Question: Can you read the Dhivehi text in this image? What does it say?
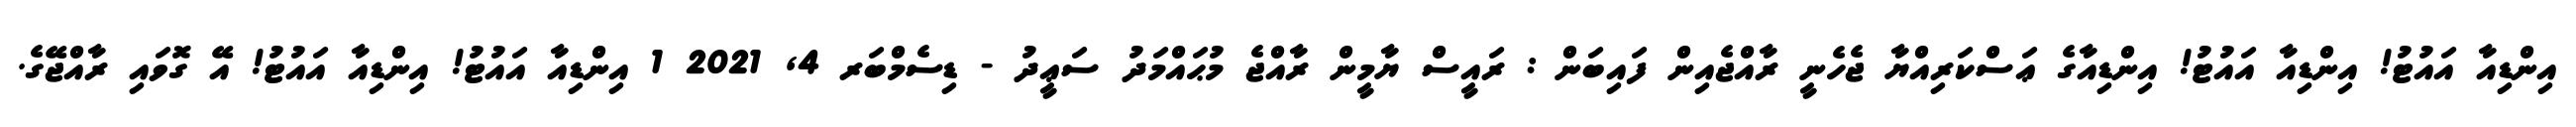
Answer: އިންޑިއާ އައުޓު! އިންޑިއާ އައުޓު! އިންޑިއާގެ ޢަސްކަރިއްޔާ ޖެހެނީ ރާއްޖެއިން ފައިބަން : ރައީސް ޔާމީން ރާއްޖެ މުޙައްމަދު ސަޢީދު - ޑިސެމްބަރ 4, 2021 1 އިންޑިއާ އައުޓު! އިންޑިއާ އައުޓު! އޭ ގޮވައި ރާއްޖޭގެ.